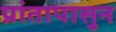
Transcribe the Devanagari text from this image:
प्रांतापासुन